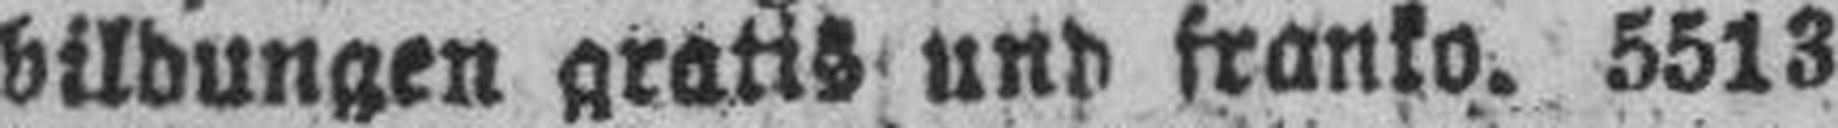
bildungen gratis und franko. 5513